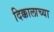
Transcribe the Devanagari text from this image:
दिक्कालाच्या